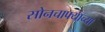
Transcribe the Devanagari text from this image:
सोनचाफ्याच्या